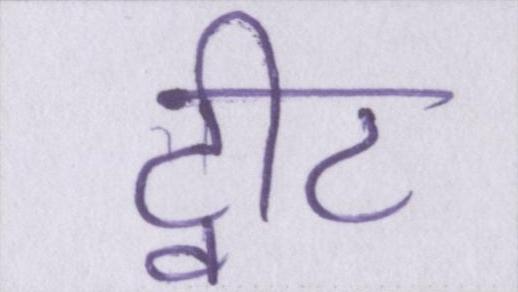
ट्वीट